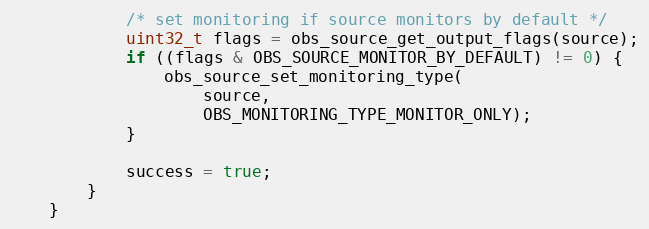
Language: C++
			/* set monitoring if source monitors by default */
			uint32_t flags = obs_source_get_output_flags(source);
			if ((flags & OBS_SOURCE_MONITOR_BY_DEFAULT) != 0) {
				obs_source_set_monitoring_type(
					source,
					OBS_MONITORING_TYPE_MONITOR_ONLY);
			}

			success = true;
		}
	}